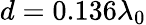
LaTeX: d=0.136\lambda_{0}